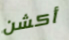
أكشن